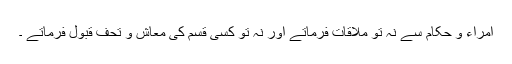
امراء و حکام سے نہ تو ملاقات فرماتے اور نہ تو کسی قسم کی معاش و تحف قبول فرماتے ۔